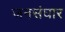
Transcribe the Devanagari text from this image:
जनसंघार